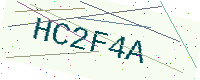
Text: HC2F4A